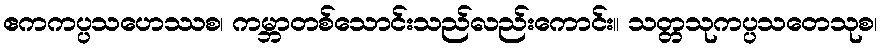
ဧကကပ္ပသဟေဿစ၊ ကမ္ဘာတစ်သောင်းသည်လည်းကောင်း။ သတ္တသုကပ္ပသတေသုစ၊